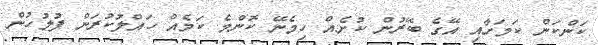
ކަންކަން ކަމަށާއި އޭގެ ބޭރުން ކުށެއް ހިމެނޭ ކޮންމެ ކަމެއް ހައްލުކުރަން ފުލުހުން